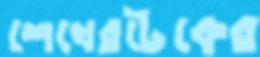
শেখেরটেকের